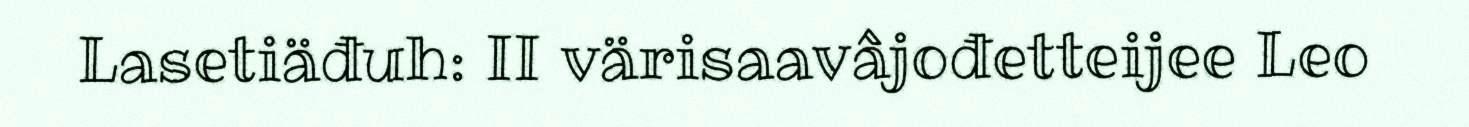
Lasetiäđuh: II värisaavâjođetteijee Leo